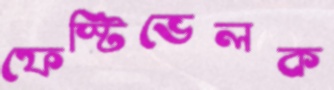
ফেস্টিভেলক